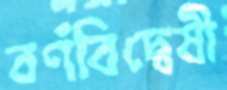
বর্ণবিদ্বেষী